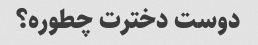
دوست دخترت چطوره؟